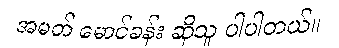
အမတ် မောင်ခန်း ဆိုသူ ပါပါတယ်။